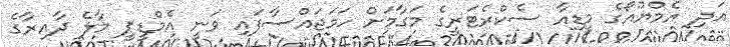
އަދި އެމްޔޫއޯގެ މީޑިއާ ސެކްރެޓަރީގެ މަގާމަށް ހަމަޖައްސާފައި ވަނީ އެމްޑީޕީ މާލެ ދާއިރާގެ